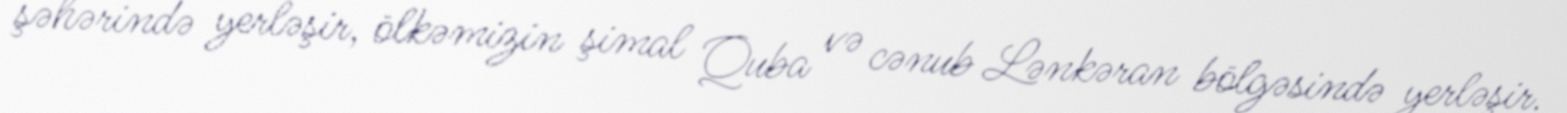
şəhərində yerləşir, ölkəmizin şimal Quba və cənub Lənkəran bölgəsində yerləşir.